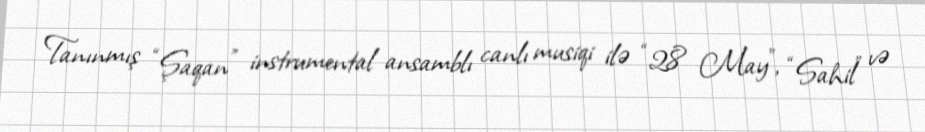
Tanınmış “Şaqan” instrumental ansamblı canlı musiqi ilə “28 May”, “Sahil” və